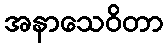
အနာသေဝိတာ